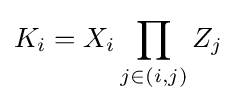
K_{i}=X_{i}\prod _{j\in (i,j)}Z_{j}